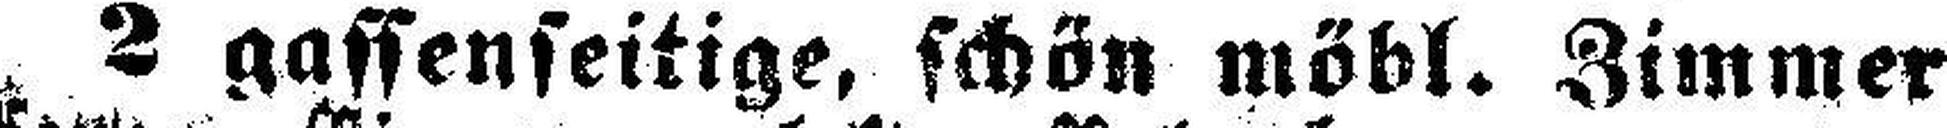
2 gassenseitige, schön möbl. Zimmer